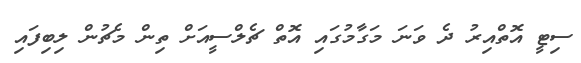
ސިޓީ އޮތްއިރު ދެ ވަނަ މަގާމުގައި އޮތް ޗެލްސީއަށް ތިން މެޗުން ލިބިފައި